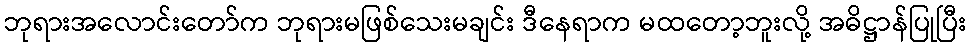
ဘုရားအလောင်းတော်က ဘုရားမဖြစ်သေးမချင်း ဒီနေရာက မထတော့ဘူးလို့ အဓိဋ္ဌာန်ပြုပြီး